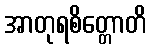
အာတုရစိတ္တောတိ